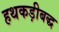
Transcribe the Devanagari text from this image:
हथकड़ीबद्ध